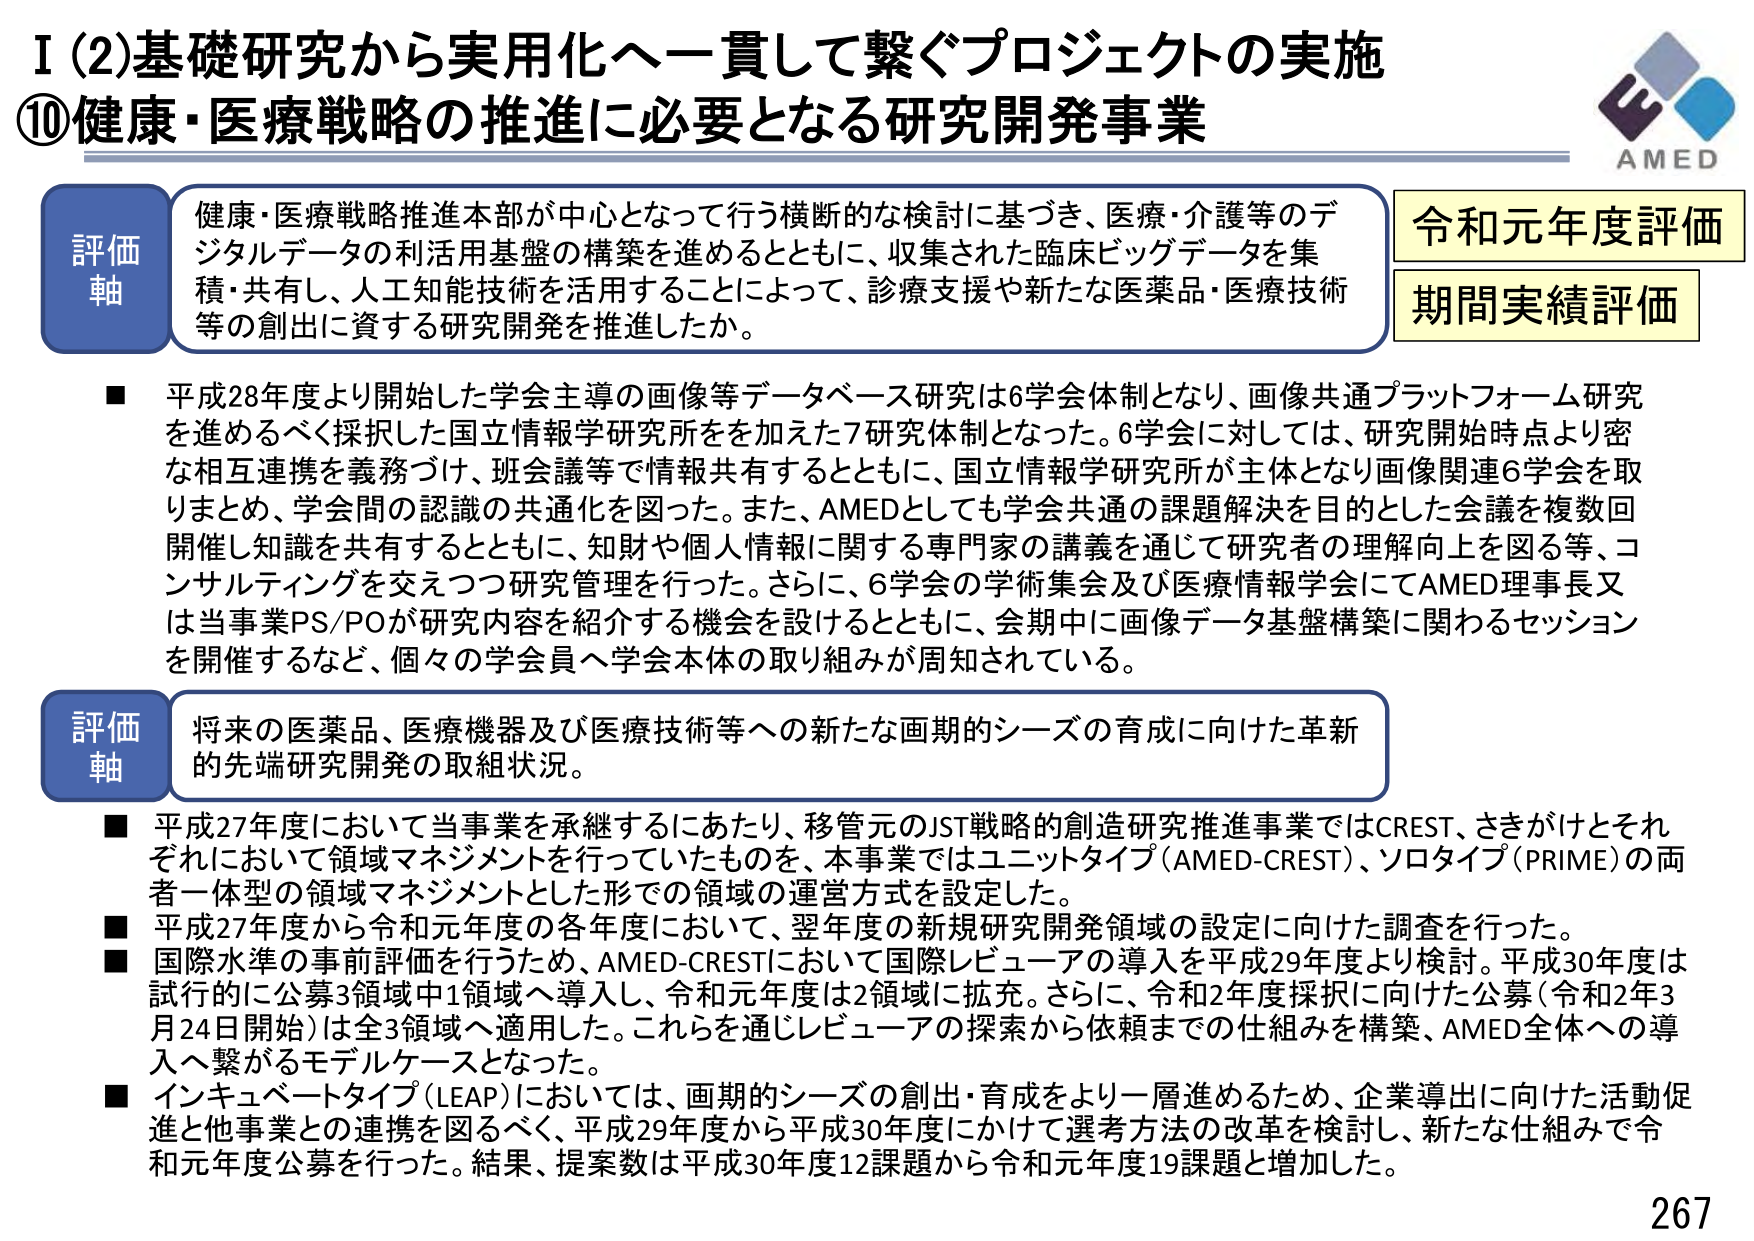
I (2) 基礎研究から実用化へ一貫して繋ぐプロジェクトの実施
⑩健康・医療戦略の推進に必要となる研究開発事業

評価軸
健康・医療戦略推進本部が中心となって行う横断的な検討に基づき、医療・介護等のデジタルデータの利活用基盤の構築を進めるとともに、収集された臨床ビッグデータを集積・共有し、人工知能技術を活用することによって、診療支援や新たな医薬品・医療技術等の創出に資する研究開発を推進したか。

令和元年度評価
期間実績評価

■ 平成28年度より開始した学会主導の画像等データベース研究は6学会体制となり、画像共通プラットフォーム研究を進めるべく採択した国立情報学研究所を加えた7研究体制となった。6学会に対しては、研究開始時点より密な相互連携を義務づけ、班会議等で情報共有するとともに、国立情報学研究所が主体となり画像関連6学会を取りまとめ、学会間の認識の共通化を図った。また、AMEDとしても学会共通の課題解決を目的とした会議を複数回開催し知識を共有するとともに、知財や個人情報に関する専門家の講義を通じて研究者の理解向上を図る等、コンサルティングを交えつつ研究管理を行った。さらに、6学会の学術集会及び医療情報学会にてAMED理事長又は当事業PS/POが研究内容を紹介する機会を設けるとともに、会期中に画像データ基盤構築に関わるセッションを開催するなど、個々の学会員へ学会本体の取り組みが周知されている。

評価軸
将来の医薬品、医療機器及び医療技術等への新たな画期的シーズの育成に向けた革新的先端研究開発の取組状況。

■ 平成27年度において当事業を承継するにあたり、移管元のJST戦略的創造研究推進事業ではCREST、さきがけとそれぞれにおいて領域マネジメントを行っていたものを、本事業ではユニットタイプ（AMED-CREST）、ソロタイプ（PRIME）の両者一体型の領域マネジメントとした形での領域の運営方式を設定した。
■ 平成27年度から令和元年度の各年度において、翌年度の新規研究開発領域の設定に向けた調査を行った。
■ 国際水準の事前評価を行うため、AMED-CRESTにおいて国際レビューの導入を平成29年度より検討。平成30年度は試行的に公募3領域中1領域へ導入し、令和元年度は2領域に拡充。さらに、令和2年度採択に向けた公募（令和2年3月24日開始）は全3領域へ適用した。これらを通じレビューの探索から依頼までの仕組みを構築、AMED全体への導入へ繋がるモデルケースとなった。
■ インキュベートタイプ（LEAP）においては、画期的シーズの創出・育成をより一層進めるため、企業導出に向けた活動促進と他事業との連携を図るべく、平成29年度から平成30年度にかけて選考方法の改革を検討し、新たな仕組みで令和元年度公募を行った。結果、提案数は平成30年度12課題から令和元年度19課題と増加した。

AMED
267